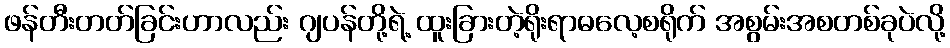
ဖန်တီးတတ်ခြင်းဟာလည်း ဂျပန်တို့ရဲ့ ထူးခြားတဲ့ရိုးရာဓလေ့စရိုက် အစွမ်းအစတစ်ခုပဲလို့